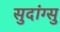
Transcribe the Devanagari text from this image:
सुदांग्सु